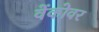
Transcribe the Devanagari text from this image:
वेंकोवर